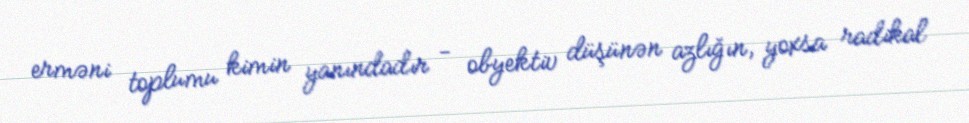
erməni toplumu kimin yanındadır - obyektiv düşünən azlığın, yoxsa radikal